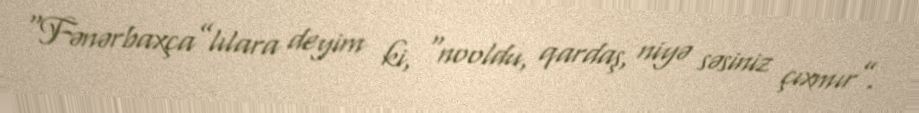
“Fənərbaxça”lılara deyim ki, “nooldu, qardaş, niyə səsiniz çıxmır”.